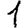
Digit: 1